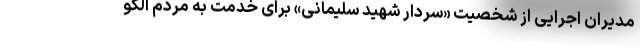
مدیران اجرایی از شخصیت «سردار شهید سلیمانی» برای خدمت به مردم الگو